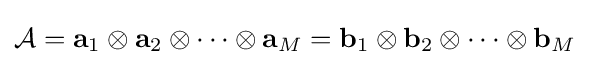
{\mathcal {A}}=\mathbf {a} _{1}\otimes \mathbf {a} _{2}\otimes \cdots \otimes \mathbf {a} _{M}=\mathbf {b} _{1}\otimes \mathbf {b} _{2}\otimes \cdots \otimes \mathbf {b} _{M}